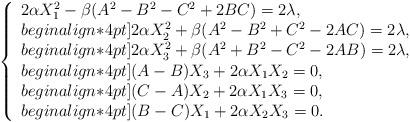
LaTeX: \begin{align*}\left\{\begin{array}{l}2 \alpha X_1^2-\beta(A^2-B^2-C^2+2BC)=2\lambda, \\begin{align*}4pt]2 \alpha X_2^2+\beta(A^2-B^2+C^2-2AC)=2\lambda, \\begin{align*}4pt]2 \alpha X_3^2+\beta(A^2+B^2-C^2-2AB)=2\lambda, \\begin{align*}4pt](A-B)X_3+2\alpha X_1X_2 =0, \\begin{align*}4pt](C-A)X_2+2\alpha X_1X_3 =0, \\begin{align*}4pt](B-C)X_1+2\alpha X_2X_3 =0.\end{array}\right.\end{align*}